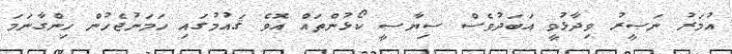
އުމަރު ނަޞީރު ވިދާޅުވީ އަބަދުވެސް ސިޔާސީ ކޯޅުންތައް އޮވެ ޤައުމުގައި ހަމަނުޖެހުން ހިންގާނަމަ